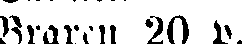
Braxen 20 p,